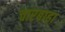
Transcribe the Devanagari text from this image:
चारबाहा